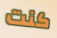
كنت